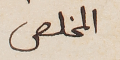
المخلص